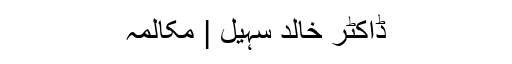
ڈاکٹر خالد سہیل | مکالمہ